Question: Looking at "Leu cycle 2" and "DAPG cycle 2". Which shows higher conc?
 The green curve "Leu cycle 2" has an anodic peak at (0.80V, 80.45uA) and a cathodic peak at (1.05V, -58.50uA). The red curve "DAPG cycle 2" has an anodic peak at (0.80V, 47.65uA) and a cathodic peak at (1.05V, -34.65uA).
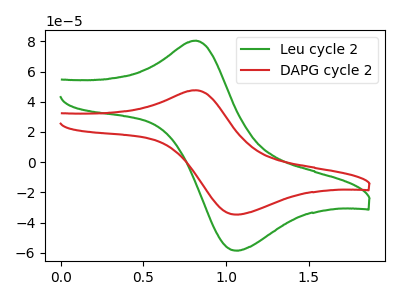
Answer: <think>All the peaks in "Leu cycle 2" have a peak in "DAPG cycle 2" at the same potential. Every peak in "Leu cycle 2" is higher than every peak in "DAPG cycle 2".
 </think>
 <answer>"Leu cycle 2" has more signal than "DAPG cycle 2" and so likely has a higher concentration.</answer>
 <eval>more_concentration</eval>